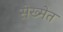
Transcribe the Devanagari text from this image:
सेख्मेत